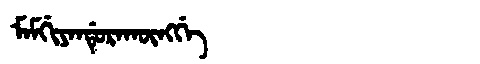
Manchu: ᠮᠠᠮᡤᡳᠶᠠᠨᡩᡠᡵᠠᡴᡡᠩᡤᡝ
Romanization: MAMGIYANDURAKŪNGGE